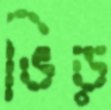
ভিড়